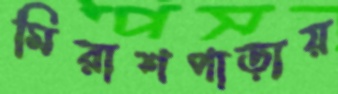
মিরাশপাড়ায়